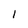
Character: I